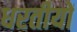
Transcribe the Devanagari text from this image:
धरतीयों